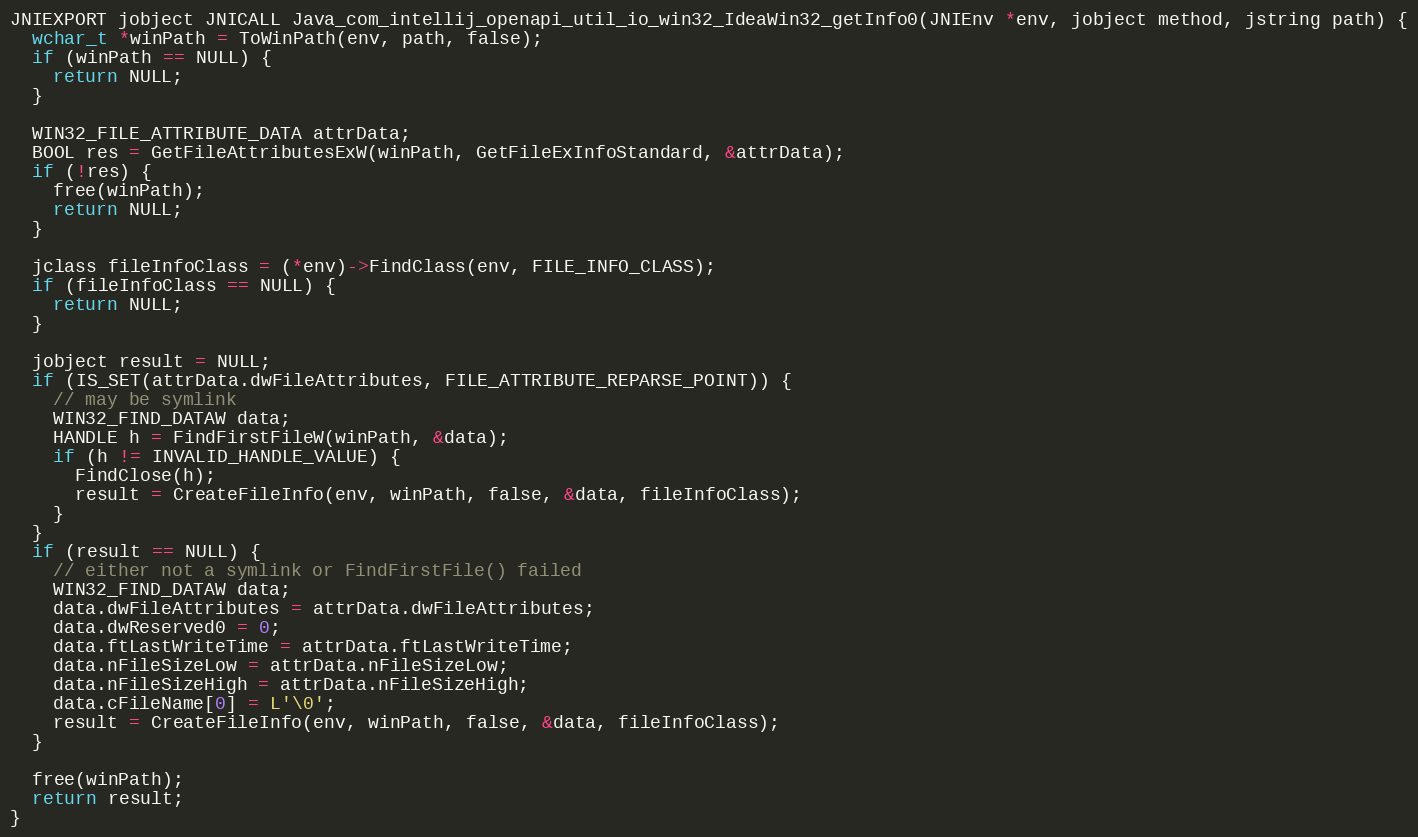
Language: C
JNIEXPORT jobject JNICALL Java_com_intellij_openapi_util_io_win32_IdeaWin32_getInfo0(JNIEnv *env, jobject method, jstring path) {
  wchar_t *winPath = ToWinPath(env, path, false);
  if (winPath == NULL) {
    return NULL;
  }

  WIN32_FILE_ATTRIBUTE_DATA attrData;
  BOOL res = GetFileAttributesExW(winPath, GetFileExInfoStandard, &attrData);
  if (!res) {
    free(winPath);
    return NULL;
  }

  jclass fileInfoClass = (*env)->FindClass(env, FILE_INFO_CLASS);
  if (fileInfoClass == NULL) {
    return NULL;
  }

  jobject result = NULL;
  if (IS_SET(attrData.dwFileAttributes, FILE_ATTRIBUTE_REPARSE_POINT)) {
    // may be symlink
    WIN32_FIND_DATAW data;
    HANDLE h = FindFirstFileW(winPath, &data);
    if (h != INVALID_HANDLE_VALUE) {
      FindClose(h);
      result = CreateFileInfo(env, winPath, false, &data, fileInfoClass);
    }
  }
  if (result == NULL) {
    // either not a symlink or FindFirstFile() failed
    WIN32_FIND_DATAW data;
    data.dwFileAttributes = attrData.dwFileAttributes;
    data.dwReserved0 = 0;
    data.ftLastWriteTime = attrData.ftLastWriteTime;
    data.nFileSizeLow = attrData.nFileSizeLow;
    data.nFileSizeHigh = attrData.nFileSizeHigh;
    data.cFileName[0] = L'\0';
    result = CreateFileInfo(env, winPath, false, &data, fileInfoClass);
  }

  free(winPath);
  return result;
}